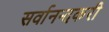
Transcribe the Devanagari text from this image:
सर्वानन्दकरी